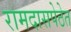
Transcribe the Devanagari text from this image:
रामदासपेठेत